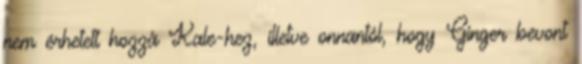
nem érhetett hozzá Kale-hez, illetve onnantól, hogy Ginger bevont